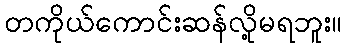
တကိုယ်ကောင်းဆန်လို့မရဘူး။